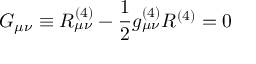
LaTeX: G _ { \mu \nu } \equiv R _ { \mu \nu } ^ { ( 4 ) } - { \frac { 1 } { 2 } } g _ { \mu \nu } ^ { ( 4 ) } R ^ { ( 4 ) } = 0